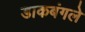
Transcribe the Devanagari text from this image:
डाकबंगले